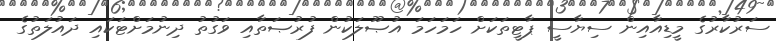
ސަރުކާރުގެ މީޑިއާއިން ސިޔާސީ ޕާޓީތަކަށް ހަމަހަމަ އުޞޫލަކުން ފުރުޞަތާއި ވަގުތު ދިނުމަށްޓަކައި ދައުލަތުގެ